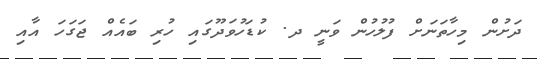
ދަށުން މިހާތަނަށް ފުލުހުން ވަނީ ދ. ކުޑަހުވަދޫގައި ހުރި ބައެއް ޖަގަހަ އާއި